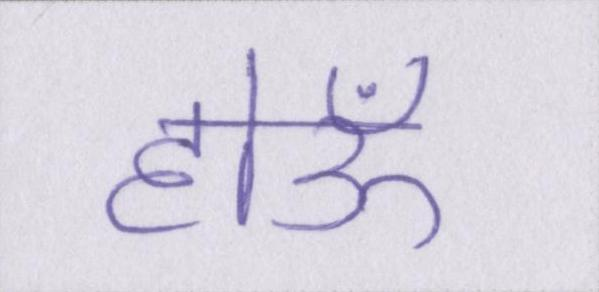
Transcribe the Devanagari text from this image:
होऊँ